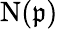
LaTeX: \mathrm{{N}}({\mathfrak{p}})